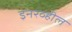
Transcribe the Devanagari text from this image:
इनरव्हील